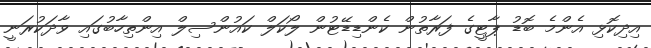
އިދިކޮޅި އެންމެ ބޮޑު ޕާޓީގެ ފަރާތުން ކެންޑިޑޭޓުން ލޯކަލް ކައުންސިލް އިންތިހާބުގައި ވާދަކުރަނީ